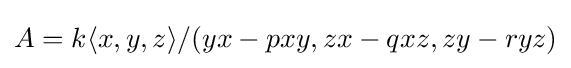
A=k\langle x,y,z\rangle /(yx-pxy,zx-qxz,zy-ryz)